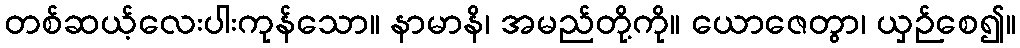
တစ်ဆယ့်လေးပါးကုန်သော။ နာမာနိ၊ အမည်တို့ကို။ ယောဇေတွာ၊ ယှဉ်စေ၍။